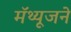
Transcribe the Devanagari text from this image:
मॅथ्यूजने